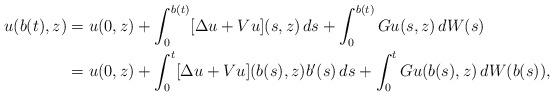
LaTeX: \begin{align*} u(b(t),z) & = u(0,z) + \int_0^{b(t)} [\Delta u+ Vu](s,z)\, ds + \int_0^{b(t)} Gu(s,z)\, dW(s)\\& = u(0,z) + \int_0^t [\Delta u + Vu](b(s),z) b'(s)\, ds + \int_0^t Gu(b(s),z)\, dW(b(s)),\end{align*}